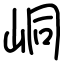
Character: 峒